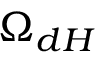
\Omega _ { d H }